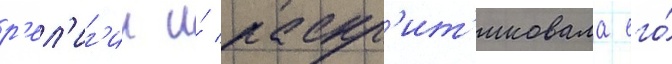
р'ел'иг'ии и́ раскр'ит'иковала его́